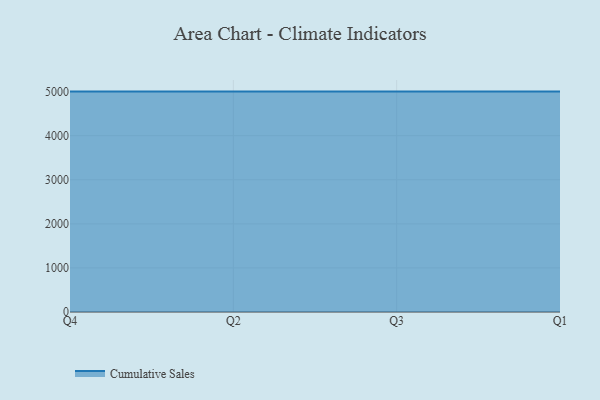
{"axis": {"x": "Quarter", "y": "Operating Costs (USD K)"}, "legend": ["Cumulative Sales"], "data": [{"x": "Q4", "y": 5000, "type": "Cumulative Sales"}, {"x": "Q2", "y": 5000, "type": "Cumulative Sales"}, {"x": "Q3", "y": 5000, "type": "Cumulative Sales"}, {"x": "Q1", "y": 5000, "type": "Cumulative Sales"}]}